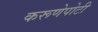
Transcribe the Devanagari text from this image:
करूणेपोटी